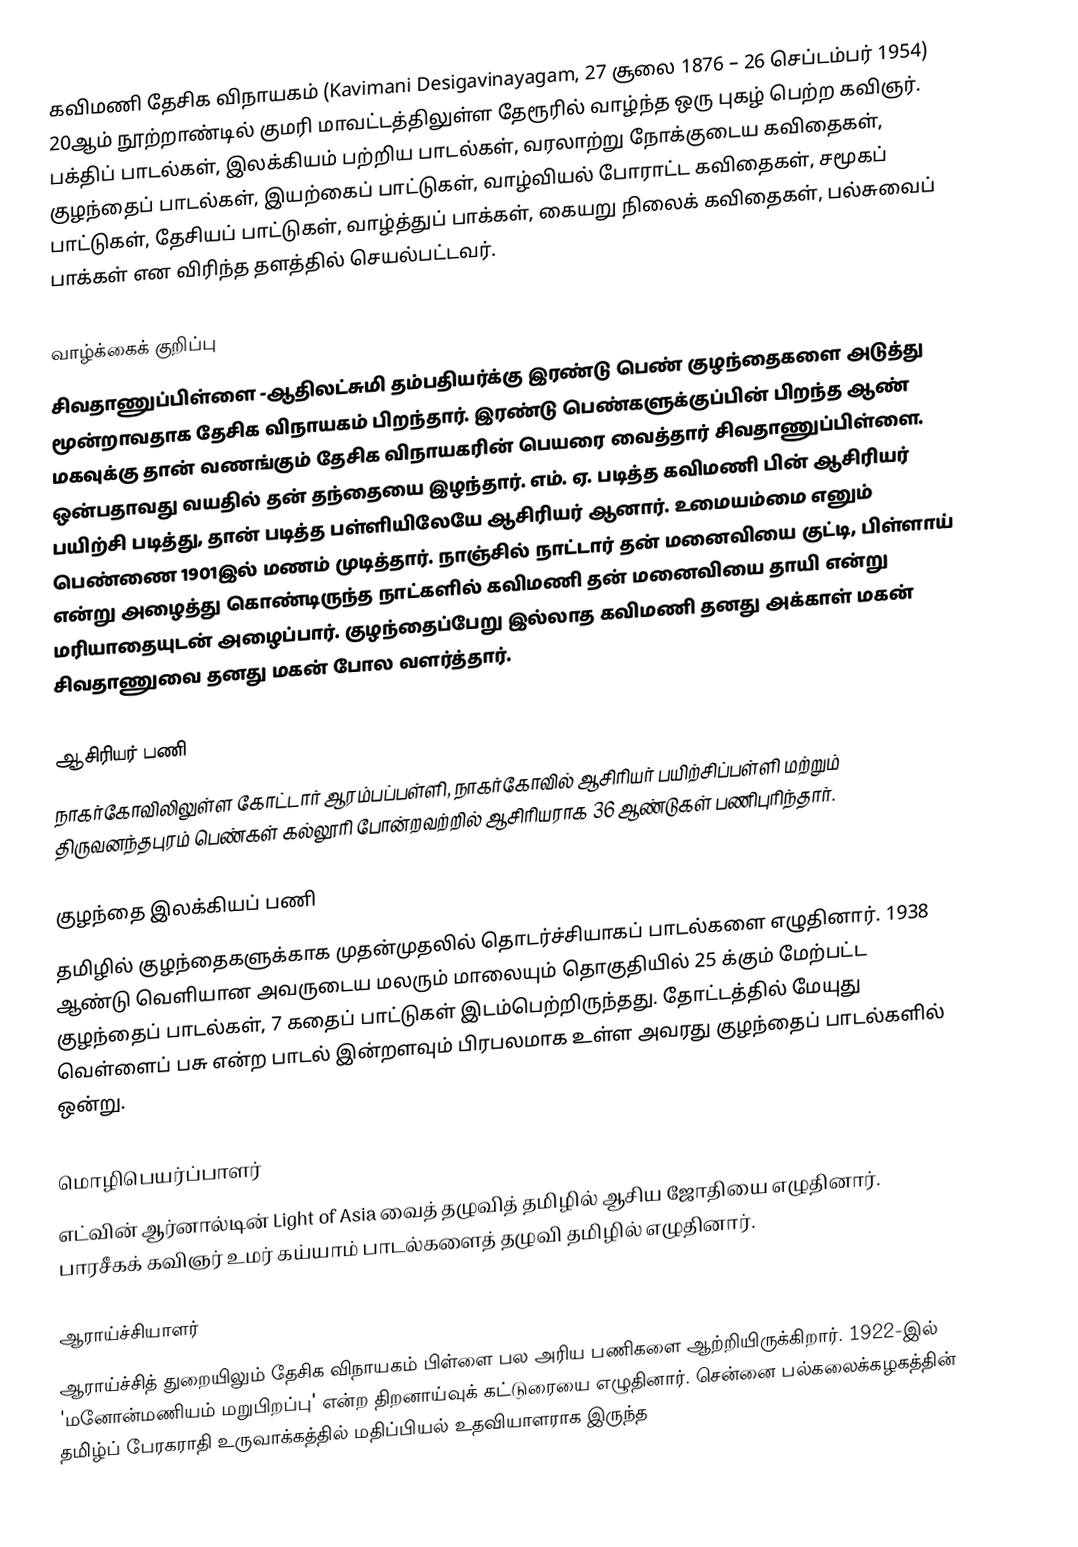
கவிமணி தேசிக விநாயகம் (Kavimani Desigavinayagam, 27 சூலை 1876 – 26 செப்டம்பர் 1954) 20ஆம் நூற்றாண்டில் குமரி மாவட்டத்திலுள்ள தேரூரில் வாழ்ந்த ஒரு புகழ் பெற்ற கவிஞர். பக்திப் பாடல்கள், இலக்கியம் பற்றிய பாடல்கள், வரலாற்று நோக்குடைய கவிதைகள், குழந்தைப் பாடல்கள், இயற்கைப் பாட்டுகள், வாழ்வியல் போராட்ட கவிதைகள், சமூகப் பாட்டுகள், தேசியப் பாட்டுகள், வாழ்த்துப் பாக்கள், கையறு நிலைக் கவிதைகள், பல்சுவைப் பாக்கள் என விரிந்த தளத்தில் செயல்பட்டவர்.

வாழ்க்கைக் குறிப்பு
சிவதாணுப்பிள்ளை -ஆதிலட்சுமி தம்பதியர்க்கு இரண்டு பெண் குழந்தைகளை அடுத்து மூன்றாவதாக தேசிக விநாயகம் பிறந்தார். இரண்டு பெண்களுக்குப்பின் பிறந்த ஆண் மகவுக்கு தான் வணங்கும் தேசிக விநாயகரின் பெயரை வைத்தார் சிவதாணுப்பிள்ளை. ஒன்பதாவது வயதில் தன் தந்தையை இழந்தார். எம். ஏ. படித்த கவிமணி பின் ஆசிரியர் பயிற்சி படித்து, தான் படித்த பள்ளியிலேயே ஆசிரியர் ஆனார். உமையம்மை எனும் பெண்ணை 1901இல் மணம் முடித்தார். நாஞ்சில் நாட்டார் தன் மனைவியை குட்டி, பிள்ளாய் என்று அழைத்து கொண்டிருந்த நாட்களில் கவிமணி தன் மனைவியை தாயி என்று மரியாதையுடன் அழைப்பார். குழந்தைப்பேறு இல்லாத கவிமணி தனது அக்காள் மகன் சிவதாணுவை தனது மகன் போல வளர்த்தார்.

ஆசிரியர் பணி
நாகர்கோவிலிலுள்ள கோட்டார் ஆரம்பப்பள்ளி, நாகர்கோவில் ஆசிரியர் பயிற்சிப்பள்ளி மற்றும் திருவனந்தபுரம் பெண்கள் கல்லூரி போன்றவற்றில் ஆசிரியராக 36 ஆண்டுகள் பணிபுரிந்தார்.

குழந்தை இலக்கியப் பணி
தமிழில் குழந்தைகளுக்காக முதன்முதலில் தொடர்ச்சியாகப் பாடல்களை எழுதினார். 1938 ஆண்டு வெளியான அவருடைய மலரும் மாலையும் தொகுதியில் 25 க்கும் மேற்பட்ட குழந்தைப் பாடல்கள், 7 கதைப் பாட்டுகள் இடம்பெற்றிருந்தது. தோட்டத்தில் மேயுது வெள்ளைப் பசு என்ற பாடல் இன்றளவும் பிரபலமாக உள்ள அவரது குழந்தைப் பாடல்களில் ஒன்று.

மொழிபெயர்ப்பாளர்
எட்வின் ஆர்னால்டின் Light of Asia வைத் தழுவித் தமிழில் ஆசிய ஜோதியை எழுதினார். பாரசீகக் கவிஞர் உமர் கய்யாம் பாடல்களைத் தழுவி தமிழில் எழுதினார்.

ஆராய்ச்சியாளர்
ஆராய்ச்சித் துறையிலும் தேசிக விநாயகம் பிள்ளை பல அரிய பணிகளை ஆற்றியிருக்கிறார். 1922-இல் 'மனோன்மணியம் மறுபிறப்பு' என்ற திறனாய்வுக் கட்டுரையை எழுதினார். சென்னை பல்கலைக்கழகத்தின் தமிழ்ப் பேரகராதி உருவாக்கத்தில் மதிப்பியல் உதவியாளராக இருந்த